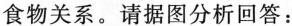
食物关系。请据图分析回答：